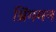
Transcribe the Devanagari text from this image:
ब्रिंगमन